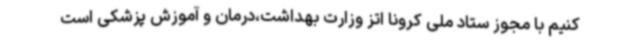
کنیم با مجوز ستاد ملی کرونا اتز وزارت بهداشت،درمان و آموزش پزشکی است